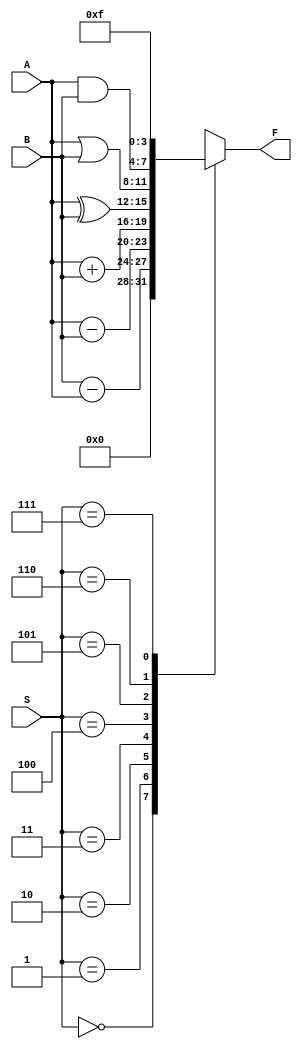

module alu(S, A, B, F);
input[2:0]S;
input[3:0]A, B;
output reg[3:0] F;

always @(S or A or B)
begin 
  case(S) 
       3'b000:F=4'b0000;
       3'b001:F=B-A;
       3'b010:F=A-B;
       3'b011:F=A+B;
       3'b100:F=A^B;
       3'b101:F=A | B;
       3'b110:F=A & B;
       3'b111:F=4'b1111;
  endcase
end
endmodule